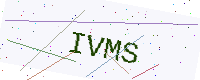
Text: IVMS